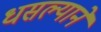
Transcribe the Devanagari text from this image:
धसल्याने